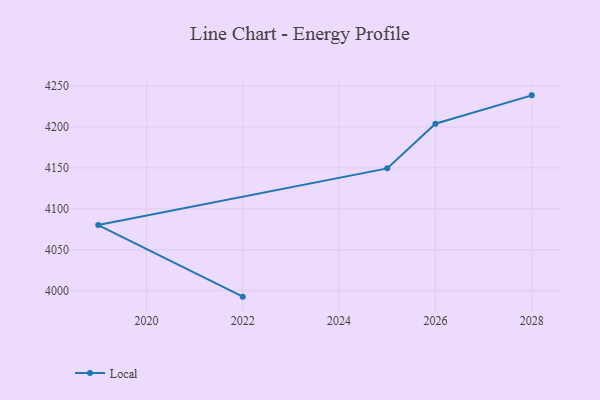
{"axis": {"x": "Year", "y": "Operating Costs (USD K)"}, "legend": ["Local"], "data": [{"x": "2028", "y": 4238.6, "type": "Local"}, {"x": "2026", "y": 4204.0, "type": "Local"}, {"x": "2025", "y": 4149.4, "type": "Local"}, {"x": "2019", "y": 4080.1, "type": "Local"}, {"x": "2022", "y": 3992.7, "type": "Local"}]}